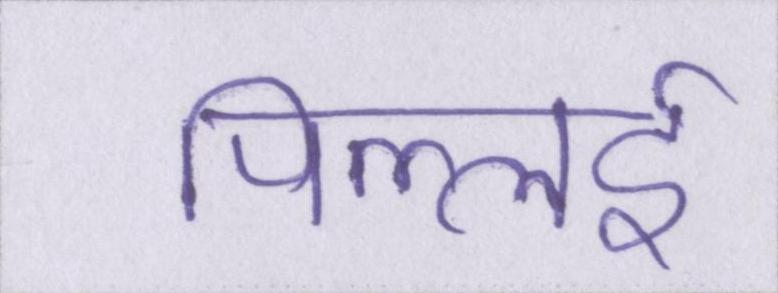
पिल्लई